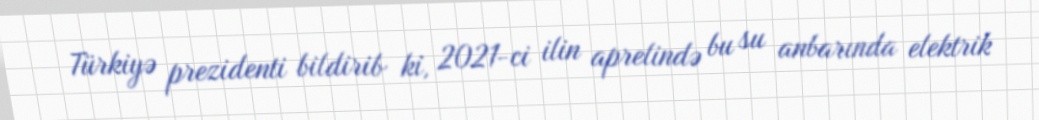
Türkiyə prezidenti bildirib ki, 2021-ci ilin aprelində bu su anbarında elektrik